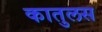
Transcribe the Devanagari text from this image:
कातुलस